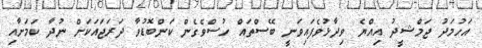
އަހުމަދު ޖަމްޝީދު އިއްޔެ ވިދާޅުވެފައިވަނީ ބޭސްތައް ހުސްވެގެން ކަންބޮޑުވާ ދަރަޖައަކަށް ނުދާ ކަމަށާއި